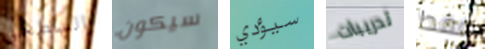
السطحي سيكون سيؤدي تدريبات فقط